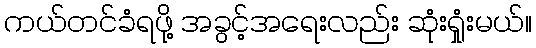
ကယ်တင်ခံရဖို့ အခွင့်အရေးလည်း ဆုံးရှုံးမယ်။